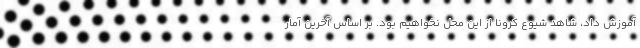
آموزش داد، شاهد شیوع کرونا از این محل نخواهیم بود. بر اساس آخرین آمار